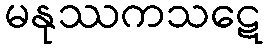
မနုဿကသဋေ